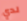
لدي